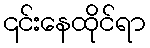
၎င်းနေထိုင်ရာ